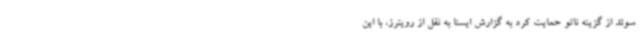
سوئد از گزینه ناتو حمایت کرد به گزارش ایسنا به نقل از رویترز، با این